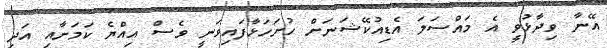
އޭނާ ވިދާޅުވީ އެ މައްސަލަ އެޑިއުކޭޝަނަށް ހުށަހަޅާފައިވަނީ ވެސް އިއްޔެ ކަމަށާއި އަދި